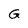
Character: G